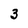
Character: 3